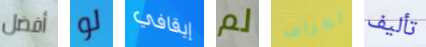
أفضل لو إيقافي لم اطراف تأليف